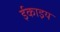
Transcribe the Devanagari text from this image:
ईकाइय